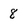
Character: 8